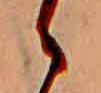
ゝ